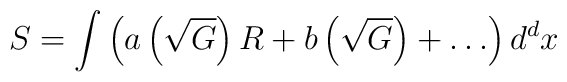
S=\int{\left( a\left( \sqrt{G} \right)R+b\left( \sqrt{G} \right)+\ldots\right)d^{d}x}